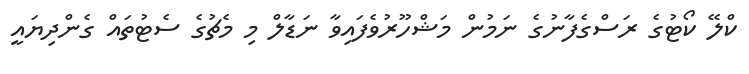
ކްލޭ ކޯޓުގެ ރަސްގެފާނުގެ ނަމުން މަޝްހޫރުވެފައިވާ ނަޑާލް މި މެޗުގެ ސެޓުތައް ގެންދިޔައީ